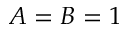
A = B = 1